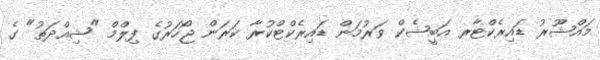
މައްޝޫރު ޑައިރެކްޓާރ އަބީޝެކް ވަރުމަން ޑައިރެކްޓްކުރާ ކަރަން ޖޯހަރުގެ ފިލްމް "ޝިއްދަތު" ގެ